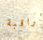
لمراقبة